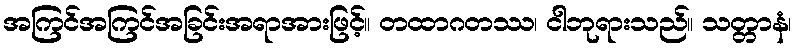
အကြင်အကြင်အခြင်းအရာအားဖြင့်။ တထာဂတဿ၊ ငါဘုရားသည်။ သတ္တာနံ၊